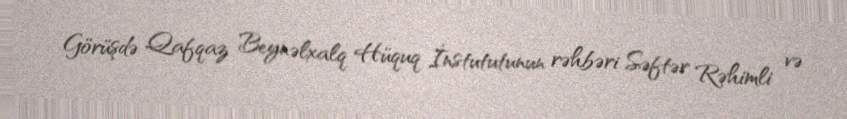
Görüşdə Qafqaz Beynəlxalq Hüquq İnstututunun rəhbəri Səftər Rəhimli və